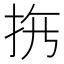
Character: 𱟳